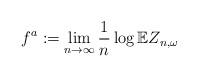
LaTeX: \begin{align*}f^a:=\lim_{n\rightarrow\infty} \frac{1}{n}\log \mathbb{E}Z_{n,\omega}\end{align*}